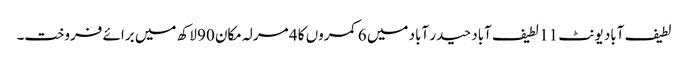
لطیف آباد یونٹ 11 لطیف آباد حیدر آباد میں 6 کمروں کا 4 مرلہ مکان 90 لاکھ میں برائے فروخت۔